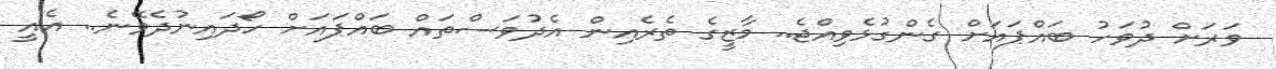
ވަރަށް ދުވަހު ބައްޕައަށް ގެންގުޅެވިއްޖެ.. މާޒީގެ ތެރެއިން އެދުވަސްތައް ބައްޕައަށް ހޯދައިނުދެވޭނެ.. އެއީ